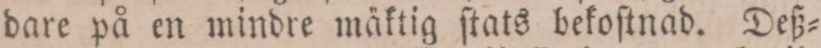
dare på en mindre mäktig ſtats bekoſtnad. Deß=